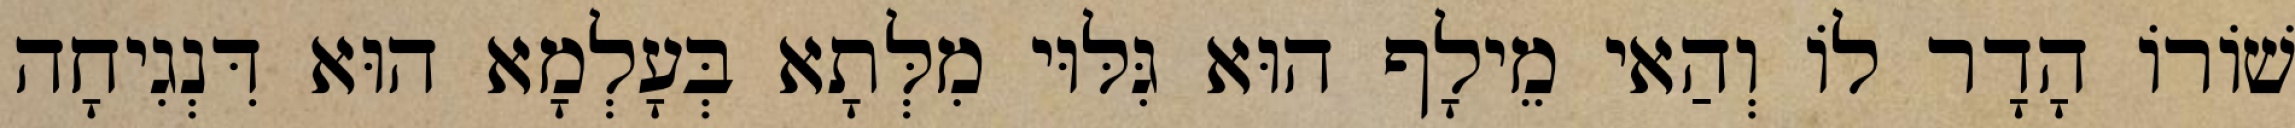
שׁוֹרוֹ הָדָר לוֹ וְהַאי מֵילָף הוּא גִּלּוּי מִלְּתָא בְּעָלְמָא הוּא דִּנְגִיחָה